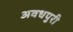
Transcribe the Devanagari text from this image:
अवधपुरी